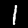
Digit: 1